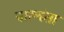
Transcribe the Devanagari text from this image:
वाल्वंता